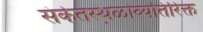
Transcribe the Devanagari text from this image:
संकेतस्थ़ळांव्यतिरिक्त